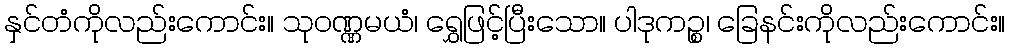
နှင်တံကိုလည်းကောင်း။ သုဝဏ္ဏမယံ၊ ရွှေဖြင့်ပြီးသော။ ပါဒုကဉ္စ၊ ခြေနင်းကိုလည်းကောင်း။